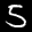
Label: 5